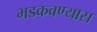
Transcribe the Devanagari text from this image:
भडकवण्यास